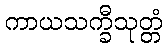
ကာယသက္ခီသုတ္တံ